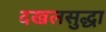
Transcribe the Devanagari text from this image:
दखलसुद्धा